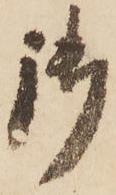
御